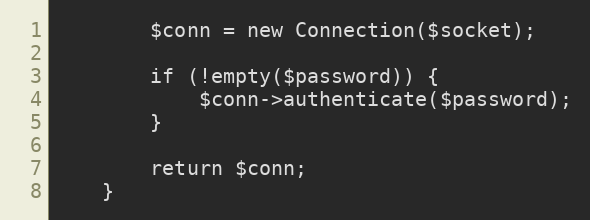
Language: PHP
        $conn = new Connection($socket);

        if (!empty($password)) {
            $conn->authenticate($password);
        }

        return $conn;
    }